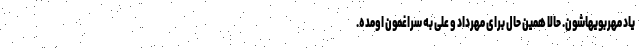
یاد مهربویهاشون. حالا همین حال برای مهرداد و علی به سراغمون اومده.